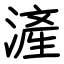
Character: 滻